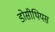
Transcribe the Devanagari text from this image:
डोसीथियस